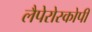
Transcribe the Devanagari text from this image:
लैपेरोस्कोपी